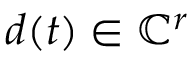
\b { d } ( t ) \in \mathbb { C } ^ { r }